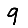
Digit: 9